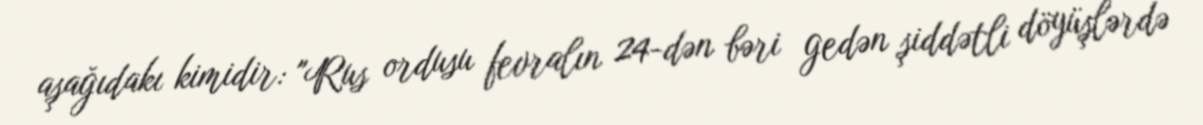
aşağıdakı kimidir: "Rus ordusu fevralın 24-dən bəri gedən şiddətli döyüşlərdə